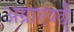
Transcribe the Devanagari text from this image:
अग्राएवढी